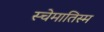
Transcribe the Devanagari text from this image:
स्चेमातिस्म